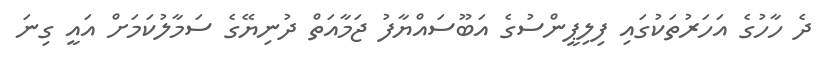
ދެ ހާހުގެ އަހަރުތަކުގައި ފިލިޕީންސުގެ އަބޫސައްޔާފު ޖަމާއަތް ދުނިޔޭގެ ސަމާލުކަމަށް އައީ ގިނަ